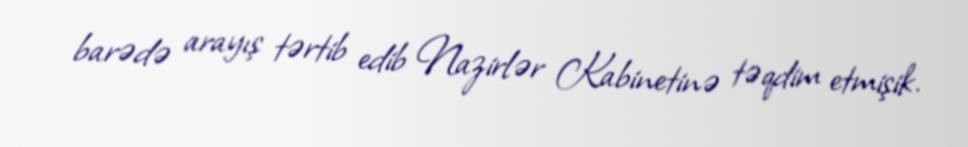
barədə arayış tərtib edib Nazirlər Kabinetinə təqdim etmişik.